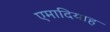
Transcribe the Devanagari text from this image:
एमादियाह